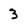
Character: 3